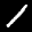
Label: 1